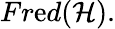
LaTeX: Fr\mathrm{e}d({\mathcal{{H}}}).